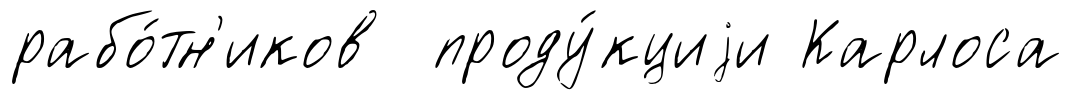
рабо́тн'иков проду́кциjи Карлоса